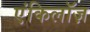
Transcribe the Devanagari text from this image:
एंकिलॉज़